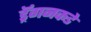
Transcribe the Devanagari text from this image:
ड्रॅगनकडे